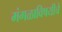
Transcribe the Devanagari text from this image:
मंगळाविषयीचे